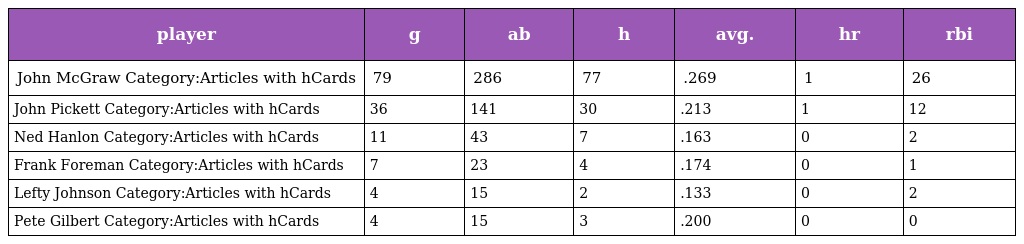
| player | g | ab | h | avg. | hr | rbi |
 | --- | --- | --- | --- | --- | --- | --- |
 | John McGraw Category:Articles with hCards | 79 | 286 | 77 | .269 | 1 | 26 |
 | John Pickett Category:Articles with hCards | 36 | 141 | 30 | .213 | 1 | 12 |
 | Ned Hanlon Category:Articles with hCards | 11 | 43 | 7 | .163 | 0 | 2 |
 | Frank Foreman Category:Articles with hCards | 7 | 23 | 4 | .174 | 0 | 1 |
 | Lefty Johnson Category:Articles with hCards | 4 | 15 | 2 | .133 | 0 | 2 |
 | Pete Gilbert Category:Articles with hCards | 4 | 15 | 3 | .200 | 0 | 0 |